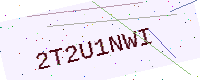
Text: 2T2U1NWI